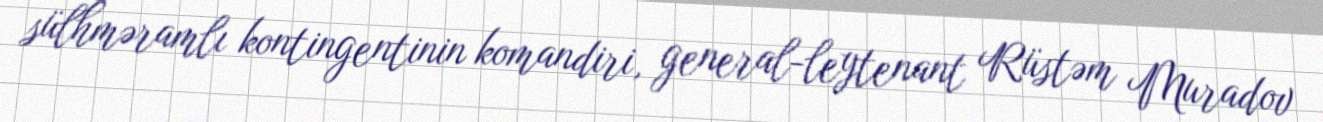
sülhməramlı kontingentinin komandiri, general-leytenant Rüstəm Muradov